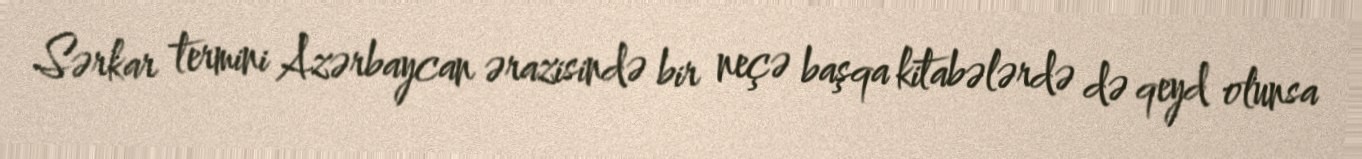
Sərkar termini Azərbaycan ərazisində bir neçə başqa kitabələrdə də qeyd olunsa